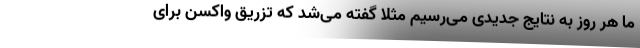
ما هر روز به نتایج جدیدی می‌رسیم‌ مثلا گفته می‌شد که تزریق واکسن برای